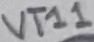
Text: VT11